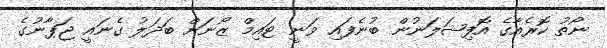
ނޯތު ކޮރެއާގެ އޮފިޝަލަނުން ބުނެފައި ވަނީ ޓައިމް ޒޯނަށް ބަދަލު ގެނައީ ޖަޕާނުގެ